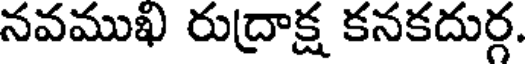
నవముఖ రుద్రాక్ష కనకదుర్గ.